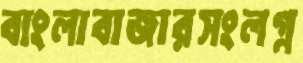
বাংলাবাজারসংলগ্ন